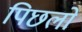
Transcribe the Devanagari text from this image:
पिछलों